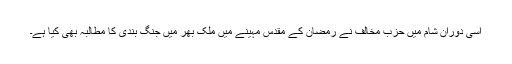
اسی دوران شام میں حزب مخالف نے رمضان کے مقدس مہینے میں ملک بھر میں جنگ بندی کا مطالبہ بھی کیا ہے۔